Calcutta medical institutions reports 1871-78
Year: 1871
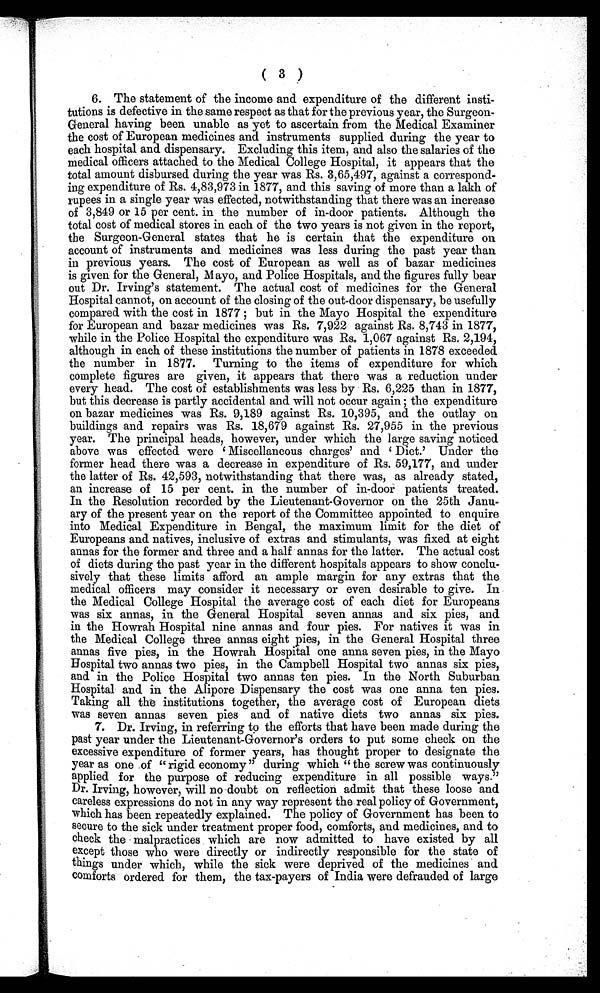
( 3 )
6. The statement of the income and expenditure of the different insti-
tutions is defective in the same respect as that for the previous year, the Surgeon-
General having been unable as yet to ascertain from the Medical Examiner
the cost of European medicines and instruments supplied during the year to
each hospital and dispensary. Excluding this item, and also the salaries of the
medical officers attached to the Medical College Hospital, it appears that the
total amount disbursed during the year was Rs. 3,65,497, against a correspond-
ing expenditure of Rs. 4,83,973 in 1877, and this saving of more than a lakh of
rupees in a single year was effected, notwithstanding that there was an increase
of 3,849 or 15 per cent. in the number of in-door patients. Although the
total cost of medical stores in each of the two years is not given in the report,
the Surgeon-General states that he is certain that the expenditure on
account of instruments and medicines was less during the past year than
in previous years. The cost of European as well as of bazar medicines
is given for the General, M ayo, and Police Hospitals, and the figures fully bear
out Dr. Irving's statement. The actual cost of medicines for the General
Hospital cannot, on account of the closing of the out-door dispensary, be usefully
compared with the cost in 1877 but in the Mayo Hospital the expenditure
for European and bazar medicines was Rs. 7,922 against Rs. 8,743 in 1877,
while in the Police Hospital the expenditure was Rs. 1,067 against Rs, 2,194,
although in each of these institutions the number of patients in 1878 exceeded
the number in 1877. Turning to the items of expenditure for which
complete figures are given, it appears that there was a reduction under
every head. The cost of establishments was less by Rs. 6,225 than in 1877,
but this decrease is partly accidental and will not occur again the expenditure
on bazar medicines was Rs. 9,189 against Rs. 10,395, and the outlay on
buildings and repairs was Rs. 18,679 against Rs. 27,955 in the previous
year. The principal heads, however, under which the large saving noticed
above was effected were 6 Miscellaneous charges' and ' Diet.' Under the
former head there was a decrease in expenditure of Rs. 59,177, and under
the latter of Rs. 42,593, notwithstanding that there was, as already stated,
an increase of 15 per cent. in the number of in-door patients treated.
In the Resolution recorded by the Lieutenant-Governor on the 25th Janu-
ary of the present year on the report of the Committee appointed to enquire
into Medical Expenditure in Bengal, the maximum limit for the diet of
Europeans and natives, inclusive of extras and stimulants, was fixed at eight
annas for the former and three and a half annas for the latter. The actual cost
of diets during the past year in the different hospitals appears to show conclu-
sively that these limits afford an ample margin for any extras that the
medical officers may consider it necessary or even desirable to give. In
the Medical College Hospital the average cost of each diet for Europeans
was six annas, in the General Hospital seven annas and six pies, and
in the Howrah Hospital nine annas and four pies. For natives it was in
the Medical College three annas eight pies, in the General Hospital three
annas five pies, in the Howrah Hospital one anna seven pies, in the Mayo
Hospital two annas two pies, in the Campbell Hospital two annas six pies,
and in the Police Hospital two annas ten pies. In the North Suburban
Hospital and in the Alipore Dispensary the cost was one anna ten pies.
Taking all the institutions together, the average cost of European diets
was seven annas seven pies and of native diets two annas six pies.
7. Dr. Irving, in referring to the efforts that have been made during the
past year under the Lieutenant-Governor's orders to put some check on the
excessive expenditure of former years, has thought proper to designate the
year as one .of " rigid economy" during which " the screw was continuously
applied for the purpose of reducing expenditure in all possible ways."
Dr. Irving, however, will no doubt on reflection admit that these loose and
careless expressions do not in any way represent the real policy of Government,
which has been repeatedly explained. The policy of Government has been to
secure to the sick under treatment proper food, comforts, and medicines, and to
check the malpractices which are now admitted to have existed by all
except those who were directly or indirectly responsible for the state of
things under which, while the sick were deprived of the medicines and
comforts ordered for them, the tax-payers of India were defrauded of large